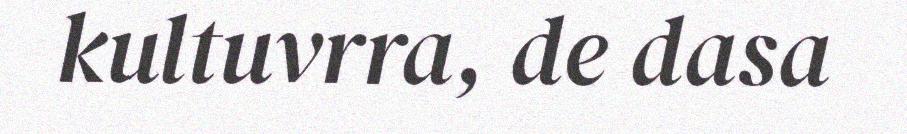
kultuvrra, de dasa